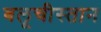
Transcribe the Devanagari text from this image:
बलूचीस्तान